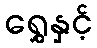
ရွှေနှင့်